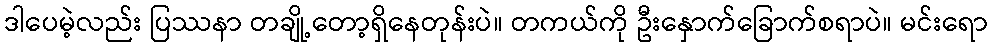
ဒါပေမဲ့လည်း ပြဿနာ တချို့တော့ရှိနေတုန်းပဲ။ တကယ်ကို ဦးနှောက်ခြောက်စရာပဲ။ မင်းရော